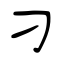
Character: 刁